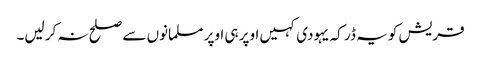
قریش کو یہ ڈر کہ یہودی کہیں اوپر ہی اوپر مسلمانوں سے صلح نہ کر لیں۔